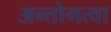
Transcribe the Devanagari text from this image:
अन्तोगत्वा